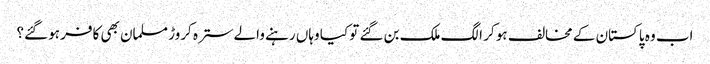
اب وہ پاکستان کے مخالف ہو کر الگ ملک بن گئے تو کیا وہاں رہنے والے سترہ کروڑ مسلمان بھی کافر ہو گئے؟